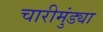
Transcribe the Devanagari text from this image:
चारीमुंड्या